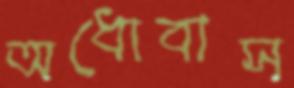
অধোবাস